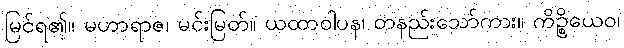
မြင်ရ၏။ မဟာရာဇ၊ မင်းမြတ်။ ယထာဝါပန၊ တနည်းသော်ကား။ ကိဉ္စိယေဝ၊